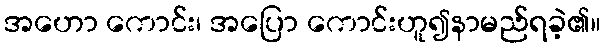
အဟော ကောင်း၊ အပြော ကောင်းဟူ၍နာမည်ရခဲ့၏။